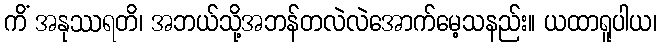
ကိံ အနုဿရတိ၊ အဘယ်သို့အဘန်တလဲလဲအောက်မေ့သနည်း။ ယထာရူပါယ၊